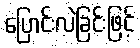
ပြောင်းလဲခြင်းဖြင့်